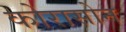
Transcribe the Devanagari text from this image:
कोरासोन